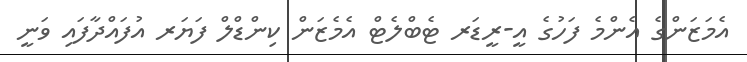
އެމަޒަންގެ އެންމެ ފަހުގެ އީ-ރީޑަރ ޓެބްލެޓް އެމެޒަން ކިންޑްލް ފަޔަރ އުފައްދާފައި ވަނީ